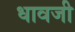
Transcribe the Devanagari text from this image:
धावजी